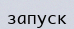
запуск